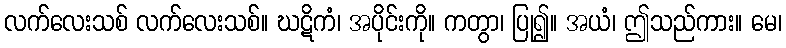
လက်လေးသစ် လက်လေးသစ်။ ဃဋိကံ၊ အပိုင်းကို။ ကတွာ၊ ပြု၍။ အယံ၊ ဤသည်ကား။ မေ၊